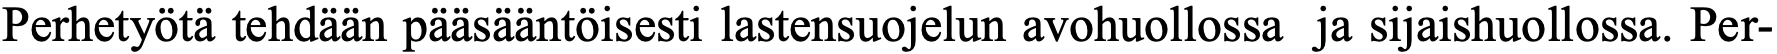
Perhetyötä tehdään pääsääntöisesti lastensuojelun avohuollossa ja sijaishuollossa. Per-